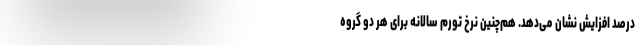
درصد افزایش نشان می‌دهد. هم‌چنین نرخ تورم سالانه برای هر دو گروه